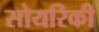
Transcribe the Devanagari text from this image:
सोयरिकी